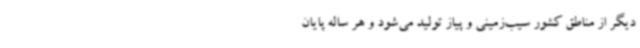
دیگر از مناطق کشور سیب‌زمینی و پیاز تولید می‌شود و هر ساله پایان